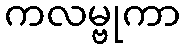
ကလမ္ဗုကာ